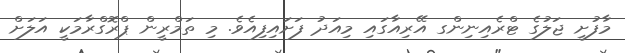
މާފުށީ ޖަލުގެ ޓްރެއިނިންގ އޭރިއާގައި މިއަދު ފަށައިފިއެވެ. މި ތަމްރީން ޕްރޮގްރާމަކީ އަލަށް